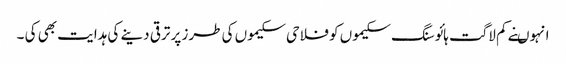
انہوںنے کم لاگت ہائوسنگ سکیموں کو فلاحی سکیموں کی طرز پر ترقی دینے کی ہدایت بھی کی ۔